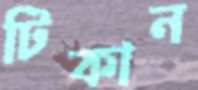
টিকান